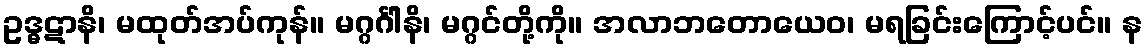
ဥဒ္ဓဋာနိ၊ မထုတ်အပ်ကုန်။ မဂ္ဂင်္ဂါနိ၊ မဂ္ဂင်တို့ကို။ အလာဘတောယေဝ၊ မရခြင်းကြောင့်ပင်။ န